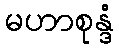
မဟာစုန္ဒံ